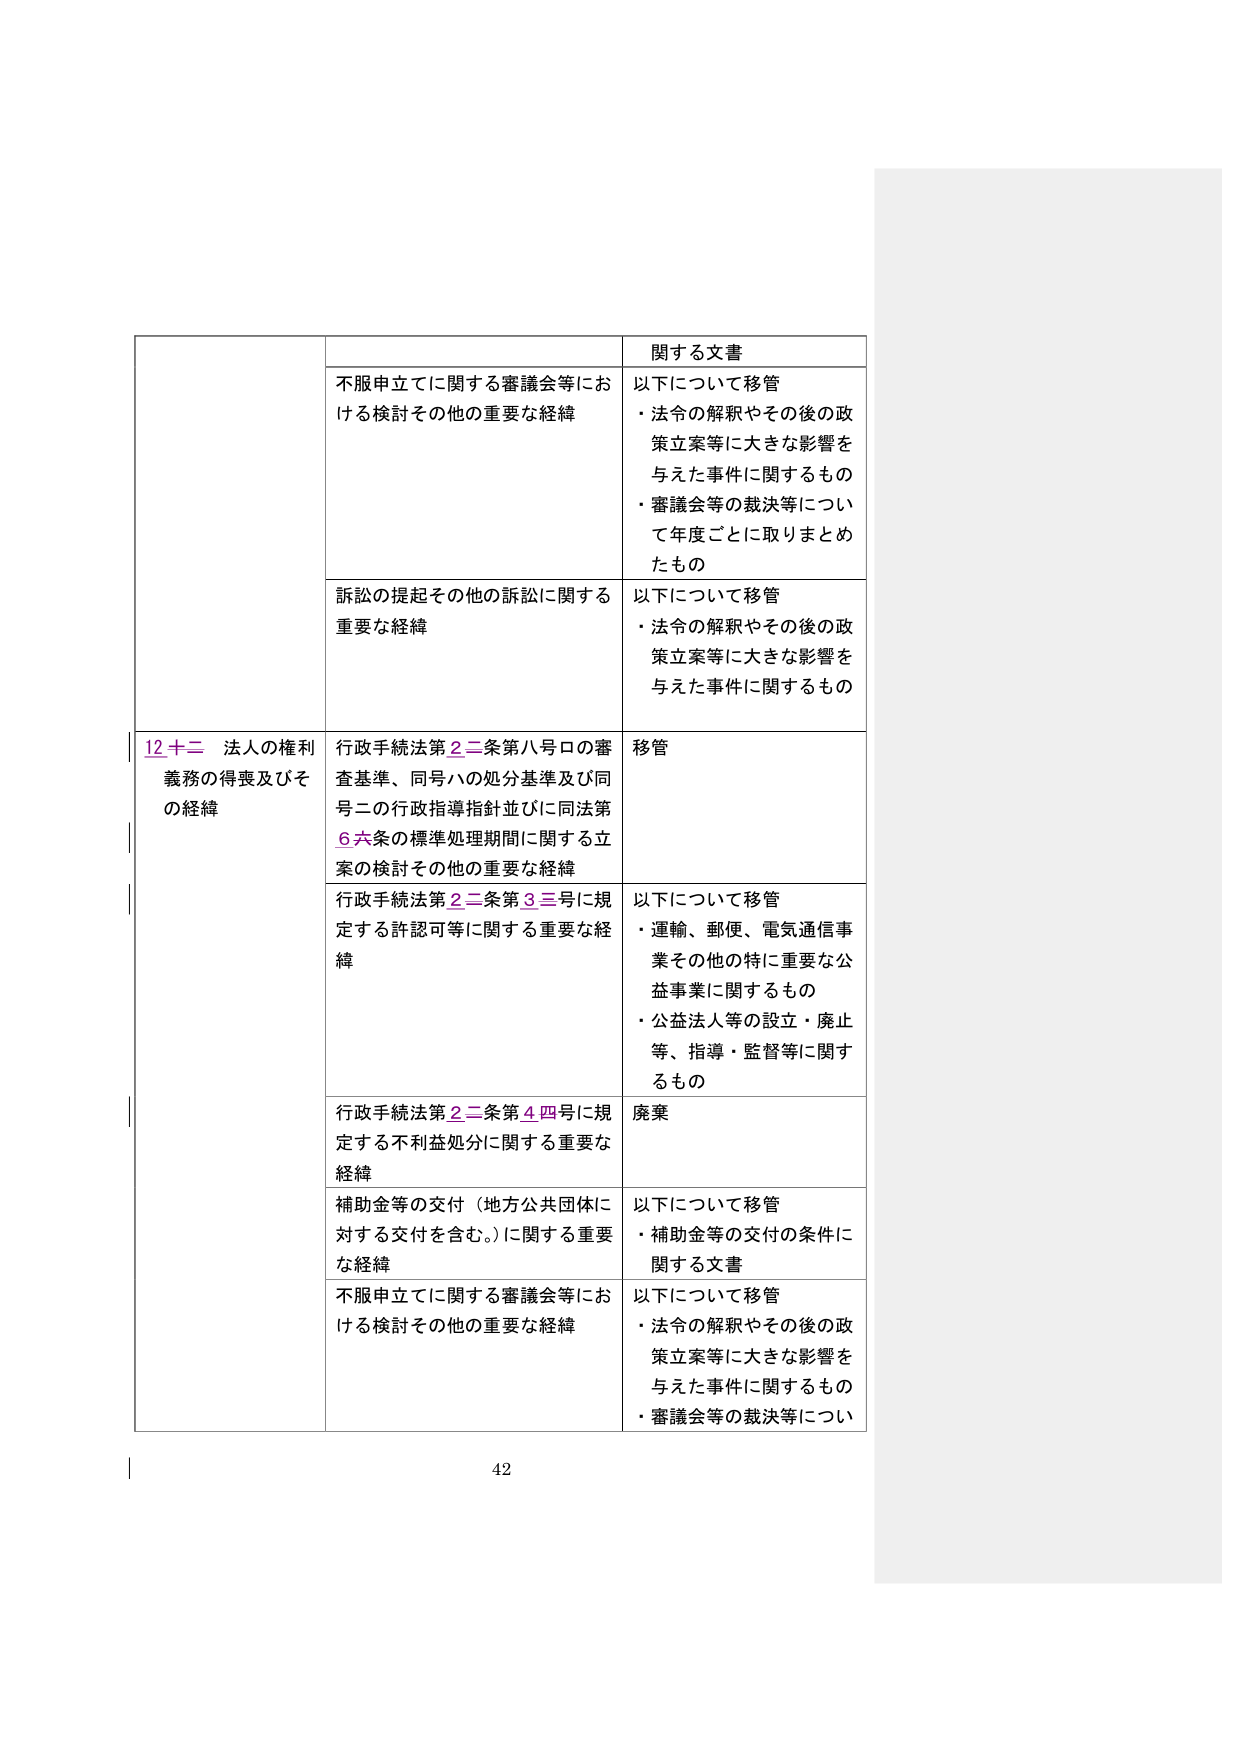
12 十二 法人の権利義務の得喪及びその経緯

不服申立てに関する審議会等における検討その他の重要な経緯
訴訟の提起その他の訴訟に関する重要な経緯

行政手続法第22条第八号ロの審査基準、同号ハの処分基準及び同号ニの行政指導指針並びに同法第6条の標準処理期間に関する立案の検討その他の重要な経緯

行政手続法第22条第33号に規定する許認可等に関する重要な経緯

行政手続法第22条第44号に規定する不利益処分に関する重要な経緯

補助金等の交付（地方公共団体に対する交付を含む。）に関する重要な経緯

不服申立てに関する審議会等における検討その他の重要な経緯

関する文書

以下について移管
・法令の解釈やその後の政策立案等に大きな影響を与えた事件に関するもの
・審議会等の裁決等について年度ごとに取りまとめたもの

以下について移管
・法令の解釈やその後の政策立案等に大きな影響を与えた事件に関するもの

移管

以下について移管
・運輸、郵便、電気通信事業その他の特に重要な公益事業に関するもの
・公益法人等の設立・廃止等、指導・監督等に関するもの

廃棄

以下について移管
・補助金等の交付の条件に関する文書

以下について移管
・法令の解釈やその後の政策立案等に大きな影響を与えた事件に関するもの
・審議会等の裁決等について

42